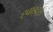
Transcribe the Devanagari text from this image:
ह्वाइट्स